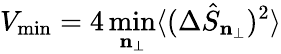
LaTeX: V_{\mathrm{min}}=4\operatorname*{min}_{\mathbf{n}_{\perp}}\langle(\Delta\hat{S}_{\mathbf{n}_{\perp}})^{2}\rangle